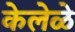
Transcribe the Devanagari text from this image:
केलेळे